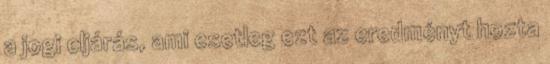
a jogi eljárás, ami esetleg ezt az eredményt hozta